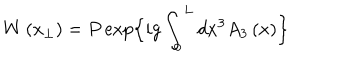
W \left( x _ { \perp } \right) = P \exp \Bigl \{ i g \int _ { 0 } ^ { L } d x ^ { 3 } A _ { 3 } \left( x \right) \Bigr \}